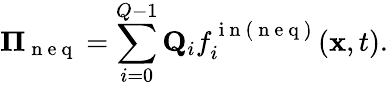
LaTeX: \mathbf{\Pi}_{\mathrm{~n~e~q~}}=\sum_{i=0}^{Q-1}\mathbf{Q}_{i}f_{i}^{\mathrm{~i~n~(~n~e~q~)~}}(\mathbf{x},t).